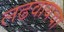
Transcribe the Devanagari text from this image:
लढवायचा